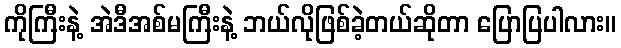
ကိုကြီးနဲ့ အဲဒီအစ်မကြီးနဲ့ ဘယ်လိုဖြစ်ခဲ့တယ်ဆိုတာ ပြောပြပါလား။